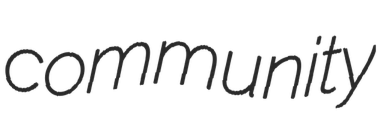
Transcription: community